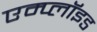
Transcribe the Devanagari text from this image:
एम्प्लॉइड